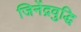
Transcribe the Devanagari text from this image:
जिनेंद्रवुद्धि